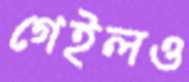
গেইলও